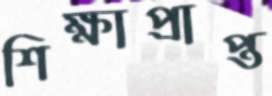
শিক্ষাপ্রাপ্ত